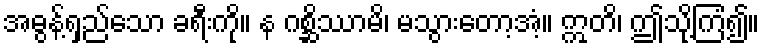
အဓွန့်ရှည်သော ခရီးကို။ န ဂစ္ဆိဿာမိ၊ မသွားတော့အံ့။ ဣတိ၊ ဤသို့ကြံ၍။